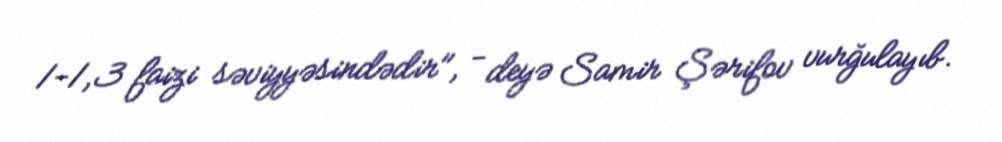
1-1,3 faizi səviyyəsindədir", - deyə Samir Şərifov vurğulayıb.